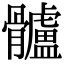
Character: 髗